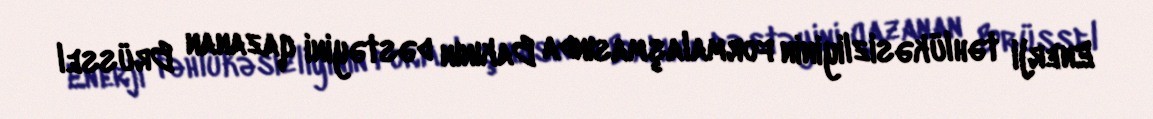
Enerji təhlükəsizliyinin formalaşmasında Bakının dəstəyini qazanan Brüssel